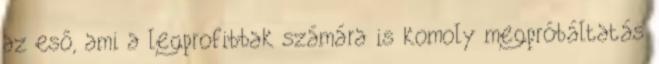
az eső, ami a legprofibbak számára is komoly megpróbáltatás